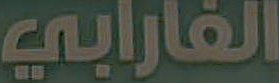
الفارابي